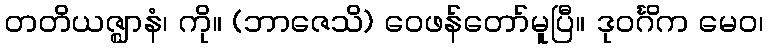
တတိယဇ္ဈာနံ၊ ကို။ (ဘာဇေသိ) ဝေဖန်တော်မူပြီ။ ဒုဝင်္ဂိက မေဝ၊